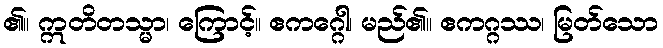
၏။ ဣတိတသ္မာ၊ ကြောင့်။ ဧကဂ္ဂေါ၊ မည်၏။ ဧကဂ္ဂဿ၊ မြတ်သော